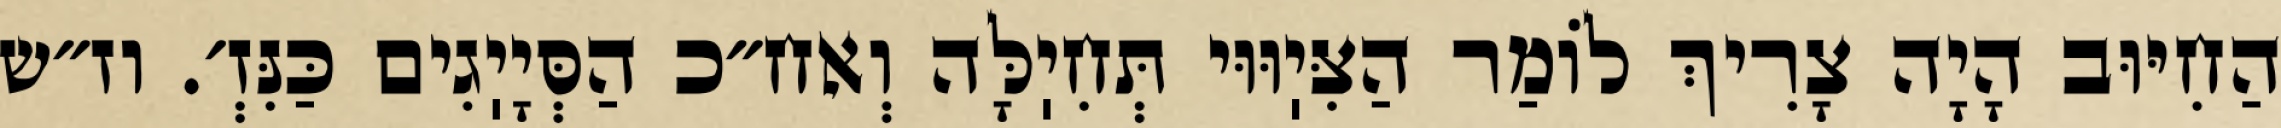
הַחִיּוּב הָיָה צָרִיךְ לוֹמַר הַצִּיֽוּוּי תְּחִיֽלָּה וְאח״כ הַסְּיָיֽגִים כַּנִּזְ׳. וז״ש